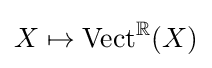
X\mapsto \operatorname {Vect} ^{\mathbb {R} }(X)